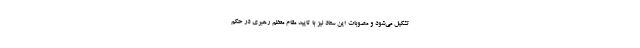
تشکیل می‌شود و مصوبات این ستاد نیز با تایید مقام معظم رهبری در حکم